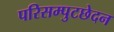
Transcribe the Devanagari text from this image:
परिसम्पुटछेदन